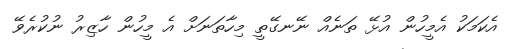
އެކަމަކު އެމީހުން އުޅޭ ތަނެއް ނޭނގޭތީ މިހާތަނަށް އެ މީހުން ހާޒިރު ނުކުރެވޭ